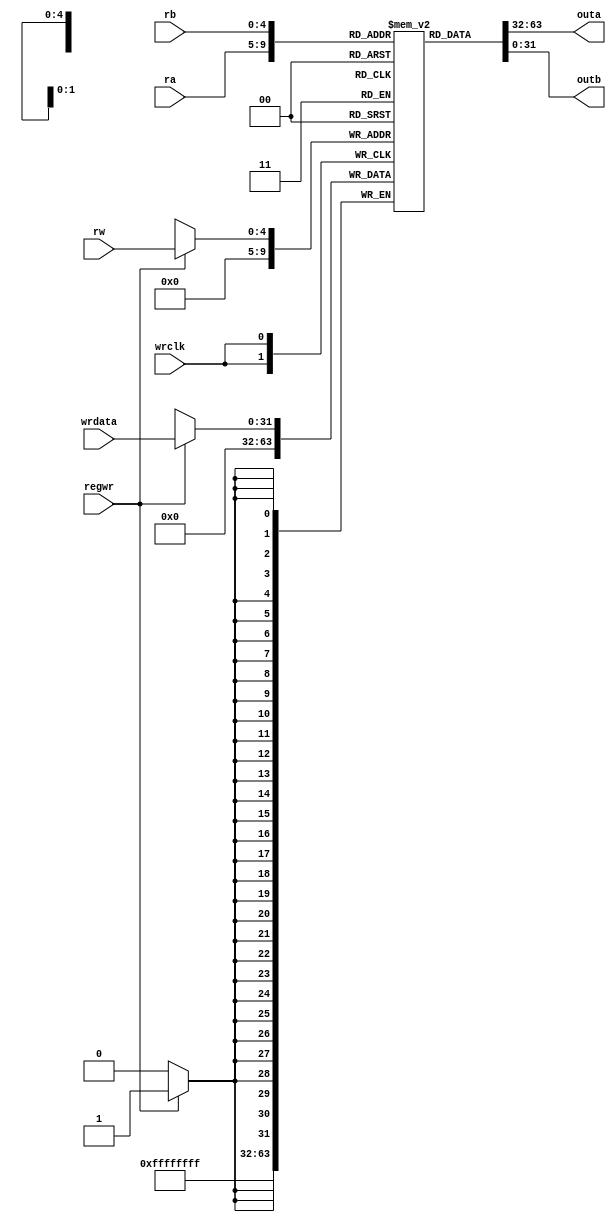
 //RV32I
module regfile(
	input  [4:0]  ra,//a5
	input  [4:0]  rb,///b5
	input  [4:0]  rw,//5
	input  [31:0] wrdata,
	input  regwr,//write enable
	input  wrclk,//wr clk
	output [31:0] outa,
	output [31:0] outb
	);
	

	reg [31:0] regs[31:0];	
	assign outa=regs[ra];
	assign outb=regs[rb];
	initial
		regs[0]=32'b0;
		
	always@(negedge wrclk)
	begin
		if(regwr)
			regs[rw]=wrdata;
		regs[0]=32'b0;
	end
endmodule

/*

input  [4:0]  ra, //a5
input  [4:0]  rb, //b5
input  [4:0]  rw, //5
input  [31:0] wrdata, //32
input  regwr, //1
input  wrclk, //


output [31:0] outa,  //a
output [31:0] outb  //b

rw32wrdata

*/